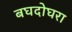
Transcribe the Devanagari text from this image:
बघदोघरा